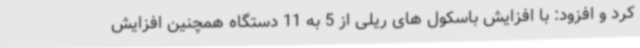
کرد و افزود: با افزایش باسکول های ریلی از 5 به 11 دستگاه همچنین افزایش